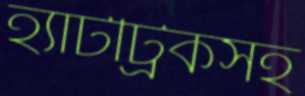
হ্যাটট্রিকসহ